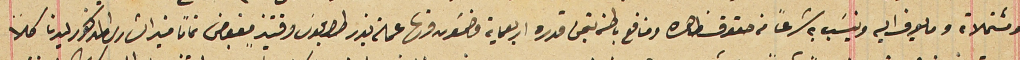
ومشتملاته وما يعرف اليه وينسَب به شرعاً من حقوق ظاهره ومنافع باطنه بتمن قدره اربعماية مضمون منها عملة بندر طرابلوسَ وقتيذٍ مقبوض تماماً فيه الشارى المذكور ليدنا كلاً